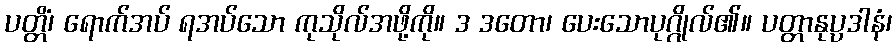
ပတ္တိံ၊ ရောက်အပ် ရအပ်သော ကုသိုလ်အဖို့ကို။ ဒ ဒတော၊ ပေးသောပုဂ္ဂိုလ်၏။ ပတ္တာနုပ္ပဒါနံ၊